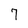
Character: 7